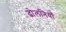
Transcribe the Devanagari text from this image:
ढोलनियाँ